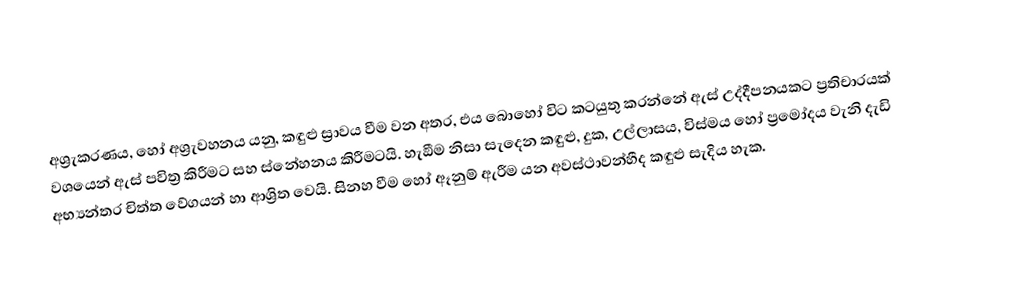
අශ්‍රැකරණය, හෝ අශ්‍රැවහනය යනු, කඳුළු ස්‍රාවය වීම වන අතර, එය බොහෝ විට කටයුතු කරන්නේ ඇස් උද්දීපනයකට ප්‍රතිචාරයක් වශයෙන් ඇස් පවිත්‍ර කිරීමට සහ ස්නේහනය කිරීමටයි. හැඞීම නිසා සැදෙන කඳුළු, දුක, උල්ලාසය, විස්මය හෝ ප්‍රමෝදය වැනි දැඩි අභ්‍යන්තර චිත්ත වේගයන් හා ආශ්‍රිත වෙයි.  සිනහ වීම හෝ ඈනුම් ඇරීම යන අවස්ථාවන්හීද කඳුළු සැදිය හැක.